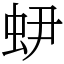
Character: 𧉅